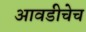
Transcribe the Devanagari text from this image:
आवडीचेच